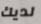
لديك